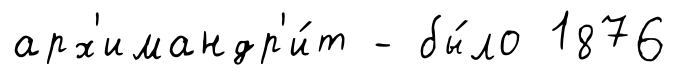
арх'имандр'и́т - бы́ло 1876